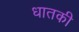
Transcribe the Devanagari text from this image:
धातकी